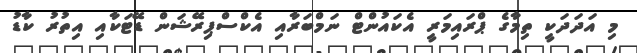
މި އަދަދަކީ ތިމާގެ ޕްރައިމަރީ އެކައުންޓް ނަމްބަރާއި އެކްސްޕިރޭޝަން ޑޭޓަކާއި އިތުރު ކާޑު